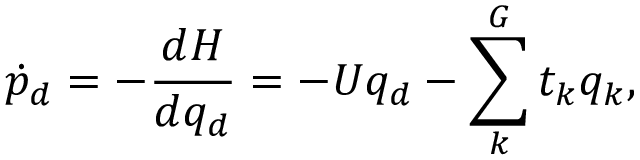
\dot { p } _ { d } = - \frac { d H } { d q _ { d } } = - U q _ { d } - \sum _ { k } ^ { G } t _ { k } q _ { k } ,